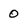
Character: 0